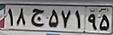
۱۸ج۵۷۱۹۵